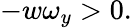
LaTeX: -w\omega_{y}>0.